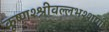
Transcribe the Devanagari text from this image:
कृष्णश्श्रीवल्लभश्शांर्गी